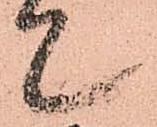
て